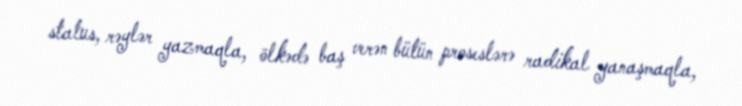
status, rəylər yazmaqla, ölkədə baş verən bütün proseslərə radikal yanaşmaqla,